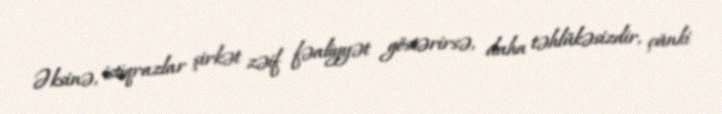
Əksinə, istiqrazlar şirkət zəif fəaliyyət göstərirsə, daha təhlükəsizdir, çünki